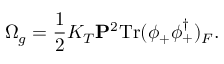
\Omega _ { g } = \frac 1 2 K _ { T } { \bf P } ^ { 2 } \mathrm { T r } ( \phi _ { + } \phi _ { + } ^ { \dagger } ) _ { F } .